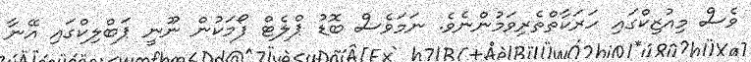
ވެސް މިއުޒިކްގައި ހަރަކާތްތެރިވަމުންނެވެ. ނަމަވެސް ބޮޑު ޕްލެޓް ފޯމަކުން ނޫނީ ޕަބްލިކްގައި އޭނާ